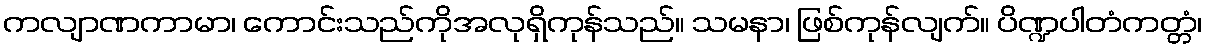
ကလျာဏကာမာ၊ ကောင်းသည်ကိုအလုရှိကုန်သည်။ သမနာ၊ ဖြစ်ကုန်လျက်။ ပိဏ္ဍပါတံကတ္တံ၊